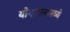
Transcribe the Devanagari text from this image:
योगासनामध्ये